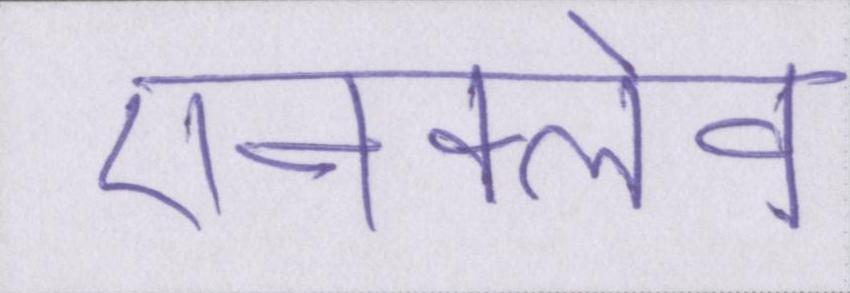
एनक्लेव